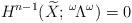
LaTeX: \begin{align*} H^{n-1}(\widetilde{X}; \, ^{\omega}\!\Lambda^{\omega}) = 0 \end{align*}